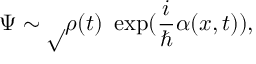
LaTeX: \Psi \sim \surd \rho ( t ) ~ \exp ( \frac { i } { \hbar } \alpha ( x , t ) ) ,